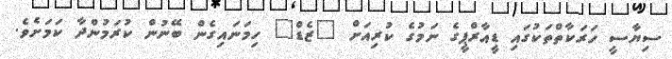
ސިޔާސީ ހަރަކާތްތަކުގައި ޑީއާރްޕީގެ ނަމުގެ ކުރިއަށް "ޒެޑް" ހިމަނައިގެން ބޭނުން ކުރަމުންދާ ކަމަށެވެ.